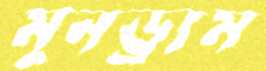
মুনড্রাম